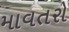
માવતરો